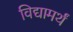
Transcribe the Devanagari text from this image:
विद्यामर्थं